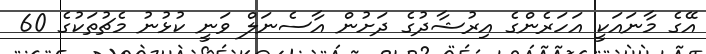
އޭގެ މާނައަކީ އަހަރެންގެ އިރުޝާދުގެ ދަށުން އާސެނަލް ވަނީ ކުޅުނު މެޗުތަކުގެ 60